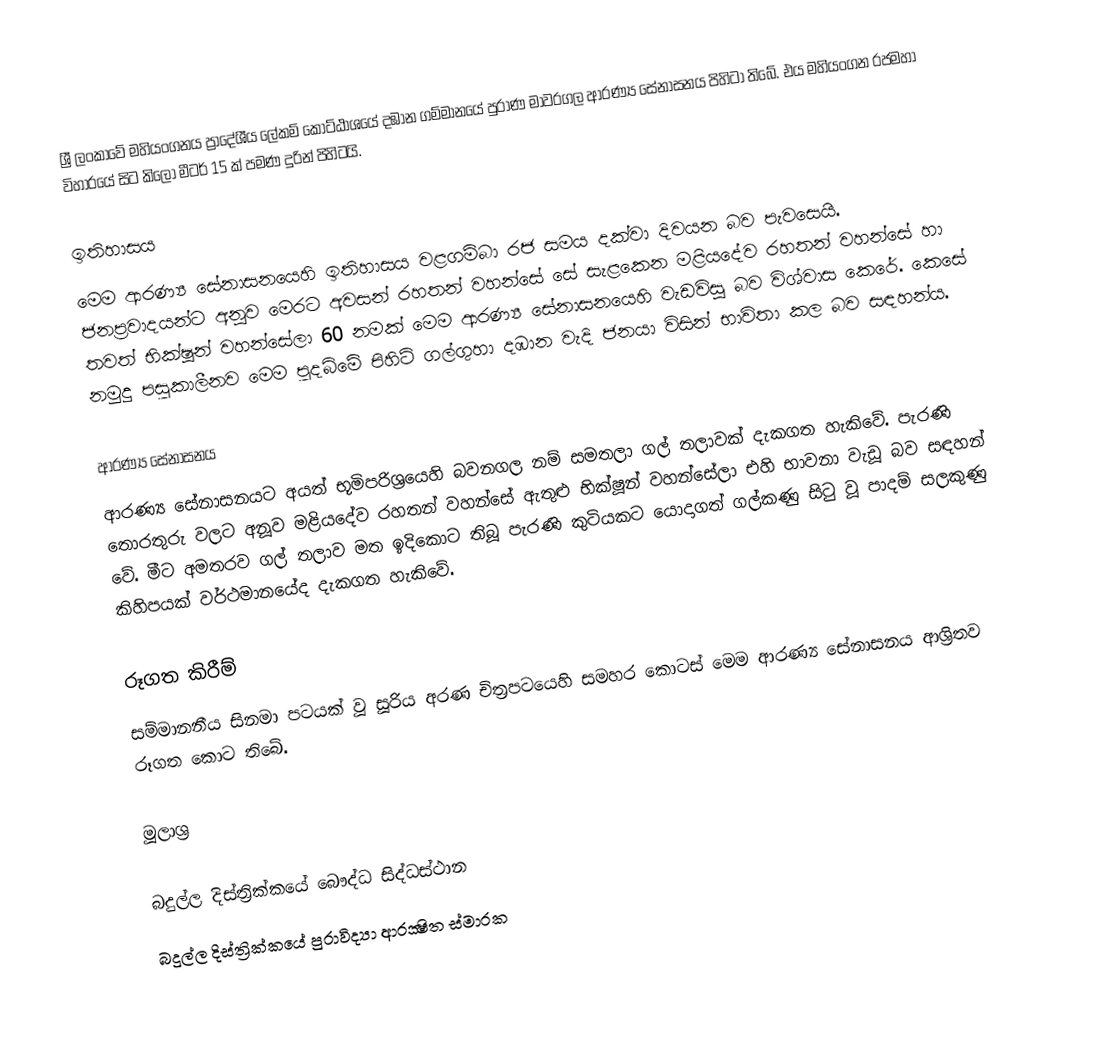
ශ්‍රී ලංකාවේ මහියංගනය ප්‍රාදේශීය ලේකම් කොට්ඨාශයේ දඹාන ගම්මානයේ පුරාණ මාවරගල ආරණ්‍ය සේනාසනය  පිහිටා තිබේ. එය මහියංගන රජමහා විහාරයේ සිට කිලෝ මීටර් 15 ක්‌ පමණ දුරින් පිහිටයි.

ඉතිහාසය
මෙම ආරණ්‍ය සේනාසනයෙහි ඉතිහාසය වළගම්බා රජ සමය දක්වා දිවයන බව පැවසෙයි. ජනප්‍රවාදයන්ට අනූව මෙරට අවසන් රහතන් වහන්සේ සේ සැළකෙන මළියදේව රහතන් වහන්සේ හා තවත් භික්ෂූන් වහන්සේලා 60 නමක් මෙම ආරණ්‍ය සේනාසනයෙහි වැඩවිසූ බව විශ්වාස කෙරේ. කෙසේ නමුදු පසුකාලීනව මෙම පුදබිමේ පිහිටි ගල්ගුහා දඹාන වැදි ජනයා විසින් භාවිතා කල බව සඳහන්ය.

ආරණ්‍ය සේනාසනය
ආරණ්‍ය සේනාසනයට අයත් භූමිපරිශ්‍රයෙහි බවනගල නම් සමතලා ගල් තලාවක් දැකගත හැකිවේ. පැරණි තොරතුරු වලට අනූව මළියදේව රහතන් වහන්සේ ඇතුළු භික්ෂූන් වහන්සේලා එහි භාවනා වැඩූ බව සඳහන් වේ. මීට අමතරව ගල් තලාව මත ඉදිකොට තිබූ පැරණි කුටියකට යොදාගත් ගල්කණු සිටු වූ පාදම් සලකුණු කිහිපයක් වර්ථමානයේද දැකගත හැකිවේ.

රූගත කිරීම්
සම්මානනීය සිනමා පටයක් වූ සූරිය අරණ චිත්‍රපටයෙහි සමහර කොටස් මෙම ආරණ්‍ය සේනාසනය ආශ්‍රිතව රූගත කොට තිබේ.

මූලාශ්‍ර

බදුල්ල දිස්ත්‍රික්කයේ බෞද්ධ සිද්ධස්ථාන‎
බදුල්ල දිස්ත්‍රික්කයේ පුරාවිද්‍යා ආරක්‍ෂිත ස්මාරක